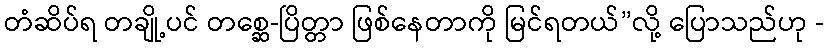
တံဆိပ်ရ တချို့ပင် တစ္ဆေ-ပြိတ္တာ ဖြစ်နေတာကို မြင်ရတယ်”လို့ ပြောသည်ဟု -